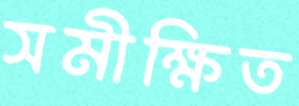
সমীক্ষিত